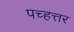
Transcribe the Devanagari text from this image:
पच्हत्तर